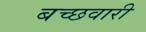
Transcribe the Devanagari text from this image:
बच्छवारी